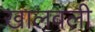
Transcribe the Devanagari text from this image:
खालवली